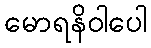
မောရနိဝါပေါ